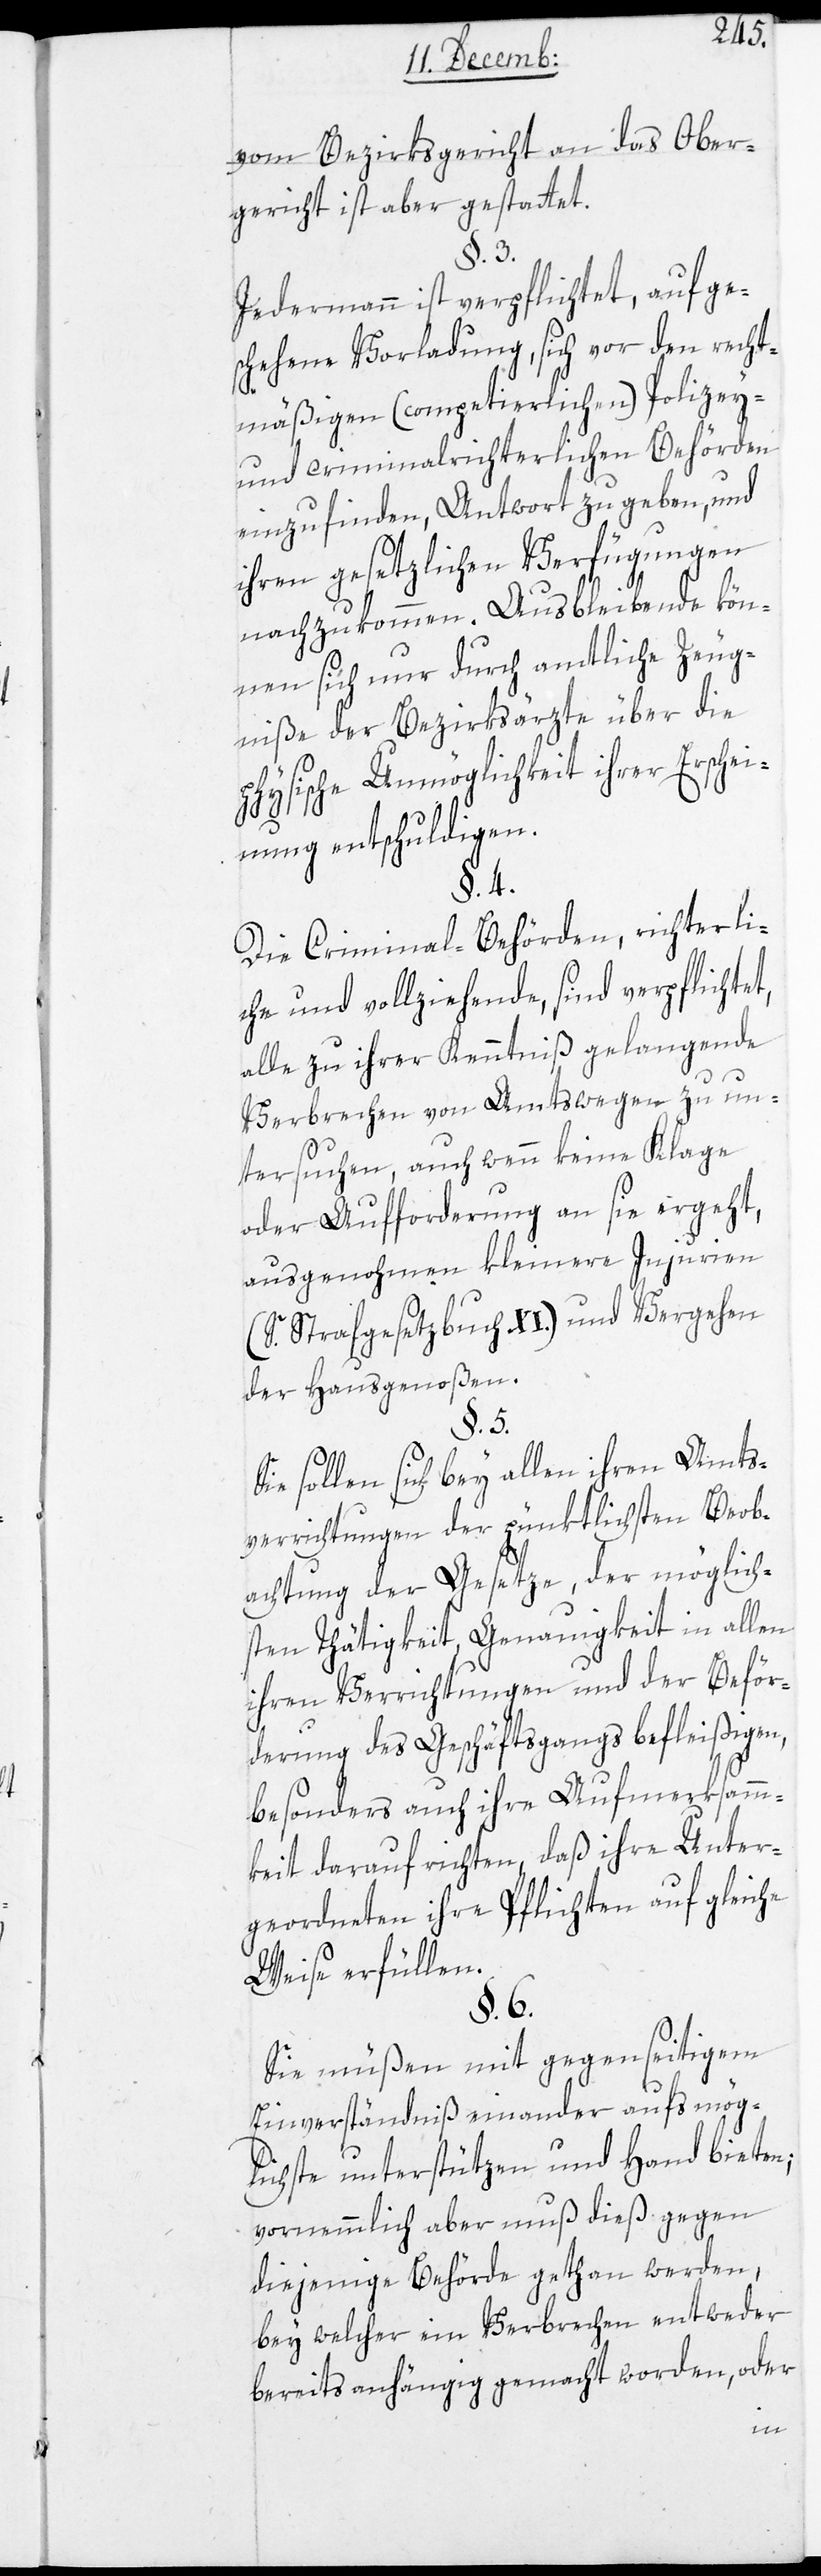
(sieh¬
vom Bezirksgericht an das Ober¬
gericht ist aber gestattet.
§. 3.
Jedermann ist verpflichtet, auf ge¬
schehene Vorladung, sich vor den recht¬
mäßigen (competierlichen) Polizey-
und Criminalrichterlichen Behörden
einzufinden, Antwort zu geben, und
ihren gesetzlichen Verfügungen
nachzukommen. Ausbleibende kön¬
nen sich nur durch amtliche Zeug¬
niße der Bezirksärzte über die
physische Unmöglichkeit ihrer Erschei¬
nung entschuldigen.
§. 4.
Die Criminal-Behörden, richterli¬
che und vollziehende, sind verplichtet,
alle zu ihrer Kenntniß gelangende
Verbrechen von Amts wegen zu un¬
tersuchen, auch wenn keine Klage
oder Aufforderung an sie ergeht,
ausgenohmen kleinere Injurien
e Strafgesetzbuch XI.) und Vergehen
der Hausgenoßen.
§. 5.
Sie sollen bey allen ihren Amts¬
verrichtungen der pünktlichsten Beob¬
achtung der Gesetze, der möglich¬
sten Thätigkeit, Genauigkeit in allen
ihren Verrichtungen und der Beför¬
derung des Geschäftsgangs befleißigen,
besonders auch ihre Aufmerksamm¬
keit darauf richten, daß ihre Unter¬
geordneten ihre Pflichten auf gleiche
Weise erfüllen.
§. 6.
Sie müßen mit gegenseitigem
Einverständniß einander aufs mög¬
lichste unterstützen und Hand bieten,
vornehmlich aber muß dieß gegen
diejenige Behörde gethan werden,
bey welcher ein Verbrechen entweder
bereits anhängig gemacht worden, oder